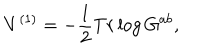
V ^ { ( 1 ) } = - \frac { 1 } { 2 } T r \log G ^ { a b } ,